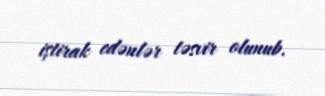
iştirak edənlər təsvir olunub.